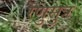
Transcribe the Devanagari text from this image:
रेणुसुत्र